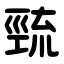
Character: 巰